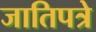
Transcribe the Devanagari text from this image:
जातिपत्रे